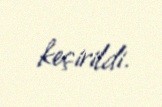
keçirildi.